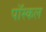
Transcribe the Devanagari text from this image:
पॉस्कल